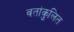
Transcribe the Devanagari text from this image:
वतांकुलित